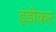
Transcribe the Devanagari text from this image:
इंडीकर